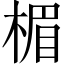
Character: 楣